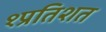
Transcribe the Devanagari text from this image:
१प्रतिशत